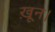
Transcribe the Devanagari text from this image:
ख़ून।